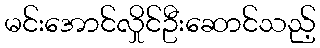
မင်းအောင်လှိုင်ဦးဆောင်သည့်